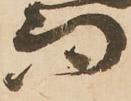
而